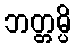
ဘတ္တမ္ပိ